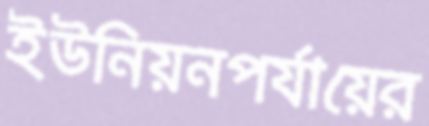
ইউনিয়নপর্যায়ের